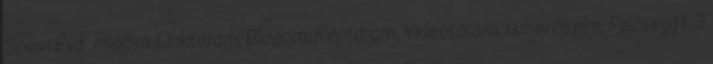
Spevi Éva migova Linktáram, Blogom, Képtáram, Videótáram, Ismerőseim, Fecsegj 1 3